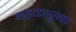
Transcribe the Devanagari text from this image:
भड़काएगा